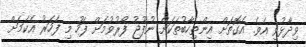
ވިދާޅުވި އެވެ. އެގޮތަށް އިންތިހާބުތަކަށް ނުފޫޖު ފޯރުވުމަށް ފަހު މި ފަހަރު އެކަމަށް